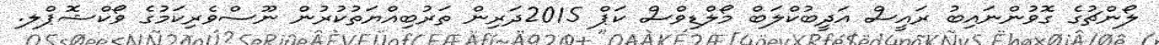
ލޯންޗުގެ ގޮވުންނައިބު ރައީސް އަދީބުކްލަބް މޯލްޑިވްސް ކަޕް 2015ދަރިން ތަރުބިއްޔަތުކުރުން ނޫސްވެރިކަމުގެ ވޯކްޝޮޕްލ.